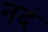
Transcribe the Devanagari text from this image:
नदं